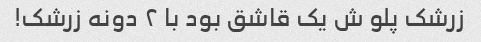
زرشک پلو ش یک قاشق بود با ۲ دونه زرشک!